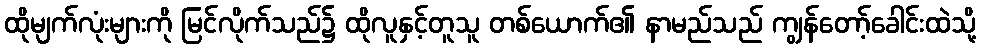
ထိုမျက်လုံးများကို မြင်လိုက်သည်၌ ထိုလူနှင့်တူသူ တစ်ယောက်၏ နာမည်သည် ကျွန်တော့်ခေါင်းထဲသို့